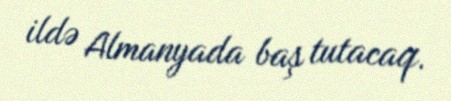
ildə Almanyada baş tutacaq.